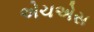
એચએસ